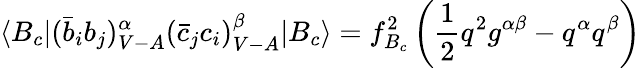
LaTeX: \langle B_{c}|(\bar{b}_{i}b_{j})_{V-A}^{\alpha}(\bar{c}_{j}c_{i})_{V-A}^{\beta}|B_{c}\rangle=f_{B_{c}}^{2}\left(\frac{1}{2}q^{2}g^{\alpha\beta}-q^{\alpha}q^{\beta}\right)